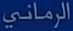
الرَمْنَي